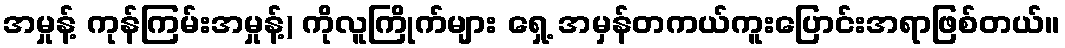
အမှုန့် ကုန်ကြမ်းအမှုန့်) ကိုလူကြိုက်များ ရှေ့ အမှန်တကယ်ကူးပြောင်းအရာဖြစ်တယ်။